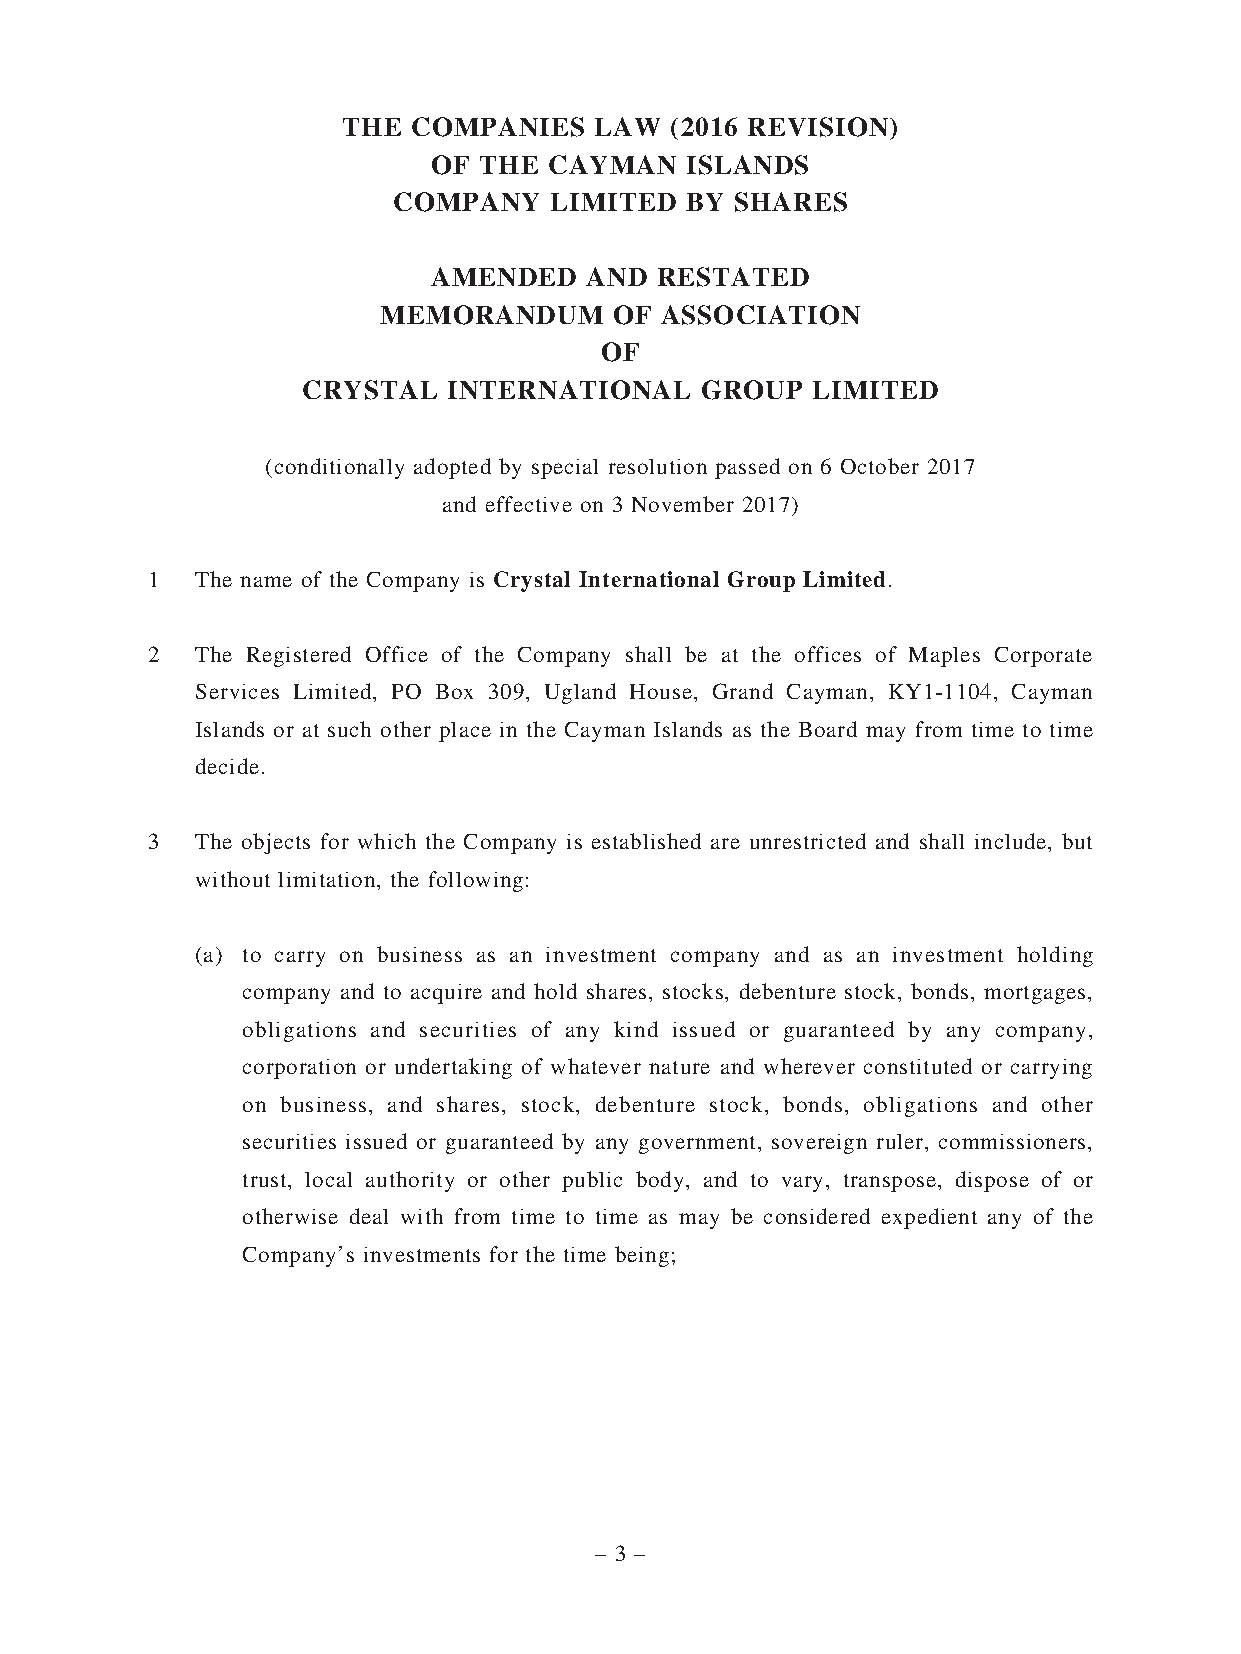
THE COMPANIES   LAW  (2016 REVISION)
 OF THE CAYMAN   ISLANDS
 COMPANY   LIMITED  BY  SHARES
 AMENDED   AND RESTATED
 MEMORANDUM      OF ASSOCIATION
 OF
 CRYSTAL   INTERNATIONAL   GROUP   LIMITED
 (conditionally adopted by special resolution passed on 6 October 2017
 and effective on 3 November 2017)
 1  The name of the Company is Crystal International Group Limited.
 2  The Registered Office of the Company shall be at the offices of Maples Corporate
 Services Limited, PO Box 309, Ugland House, Grand Cayman, KY1-1104, Cayman
 Islands or at such other place in the Cayman Islands as the Board may from time to time
 decide.
 3  The objects for which the Company is established are unrestricted and shall include, but
 without limitation, the following:
 (a) to carry on business as an investment company and as an investment holding
 company and to acquire and hold shares, stocks, debenture stock, bonds, mortgages,
 obligations and securities of any kind issued or guaranteed by any company,
 corporation or undertaking of whatever nature and wherever constituted or carrying
 on business, and shares, stock, debenture stock, bonds, obligations and other
 securities issued or guaranteed by any government, sovereign ruler, commissioners,
 trust, local authority or other public body, and to vary, transpose, dispose of or
 otherwise deal with from time to time as may be considered expedient any of the
 Company’s investments for the time being;
 – 3 –